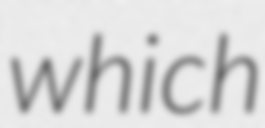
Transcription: which